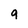
Character: 9